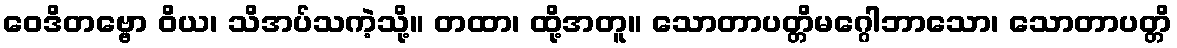
ဝေဒိတဗ္ဗော ဝိယ၊ သိအပ်သကဲ့သို့။ တထာ၊ ထို့အတူ။ သောတာပတ္တိမဂ္ဂေါဘာသော၊ သောတာပတ္တိ